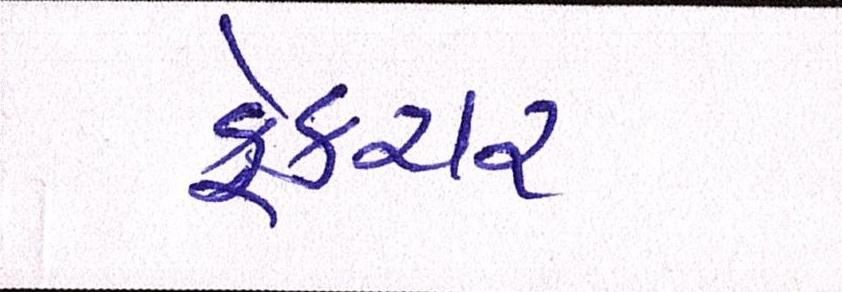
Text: ફ્રેક્ચર